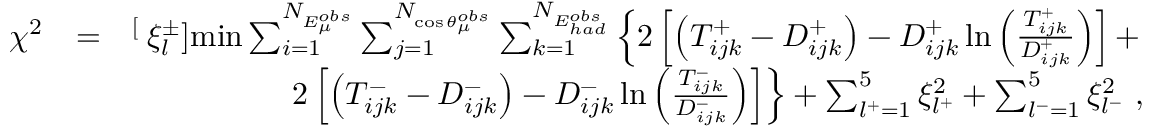
\begin{array} { r l r } { \chi ^ { 2 } } & { = } & { { \stackrel [ \displaystyle { \xi _ { l } ^ { \pm } } ] { \mathrm { m i n } } } \sum _ { i = 1 } ^ { N _ { E _ { \mu } ^ { o b s } } } \sum _ { j = 1 } ^ { N _ { \cos \theta _ { \mu } ^ { o b s } } } \sum _ { k = 1 } ^ { N _ { E _ { h a d } ^ { o b s } } } \left\{ 2 \left[ \left( T _ { i j k } ^ { + } - D _ { i j k } ^ { + } \right) - D _ { i j k } ^ { + } \ln \left( \frac { T _ { i j k } ^ { + } } { D _ { i j k } ^ { + } } \right) \right] + \right. } \\ & { } & { \left. 2 \left[ \left( T _ { i j k } ^ { - } - D _ { i j k } ^ { - } \right) - D _ { i j k } ^ { - } \ln \left( \frac { T _ { i j k } ^ { - } } { D _ { i j k } ^ { - } } \right) \right] \right\} + \sum _ { l ^ { + } = 1 } ^ { 5 } \xi _ { l ^ { + } } ^ { 2 } + \sum _ { l ^ { - } = 1 } ^ { 5 } \xi _ { l ^ { - } } ^ { 2 } ~ , } \end{array}